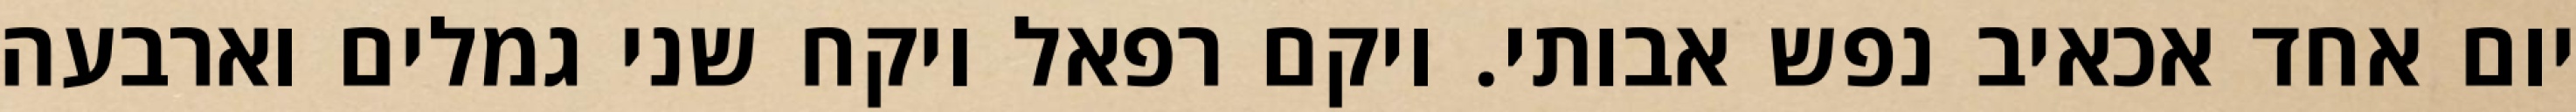
יום אחד אכאיב נפש אבותי. ויקם רפאל ויקח שני גמלים וארבעה